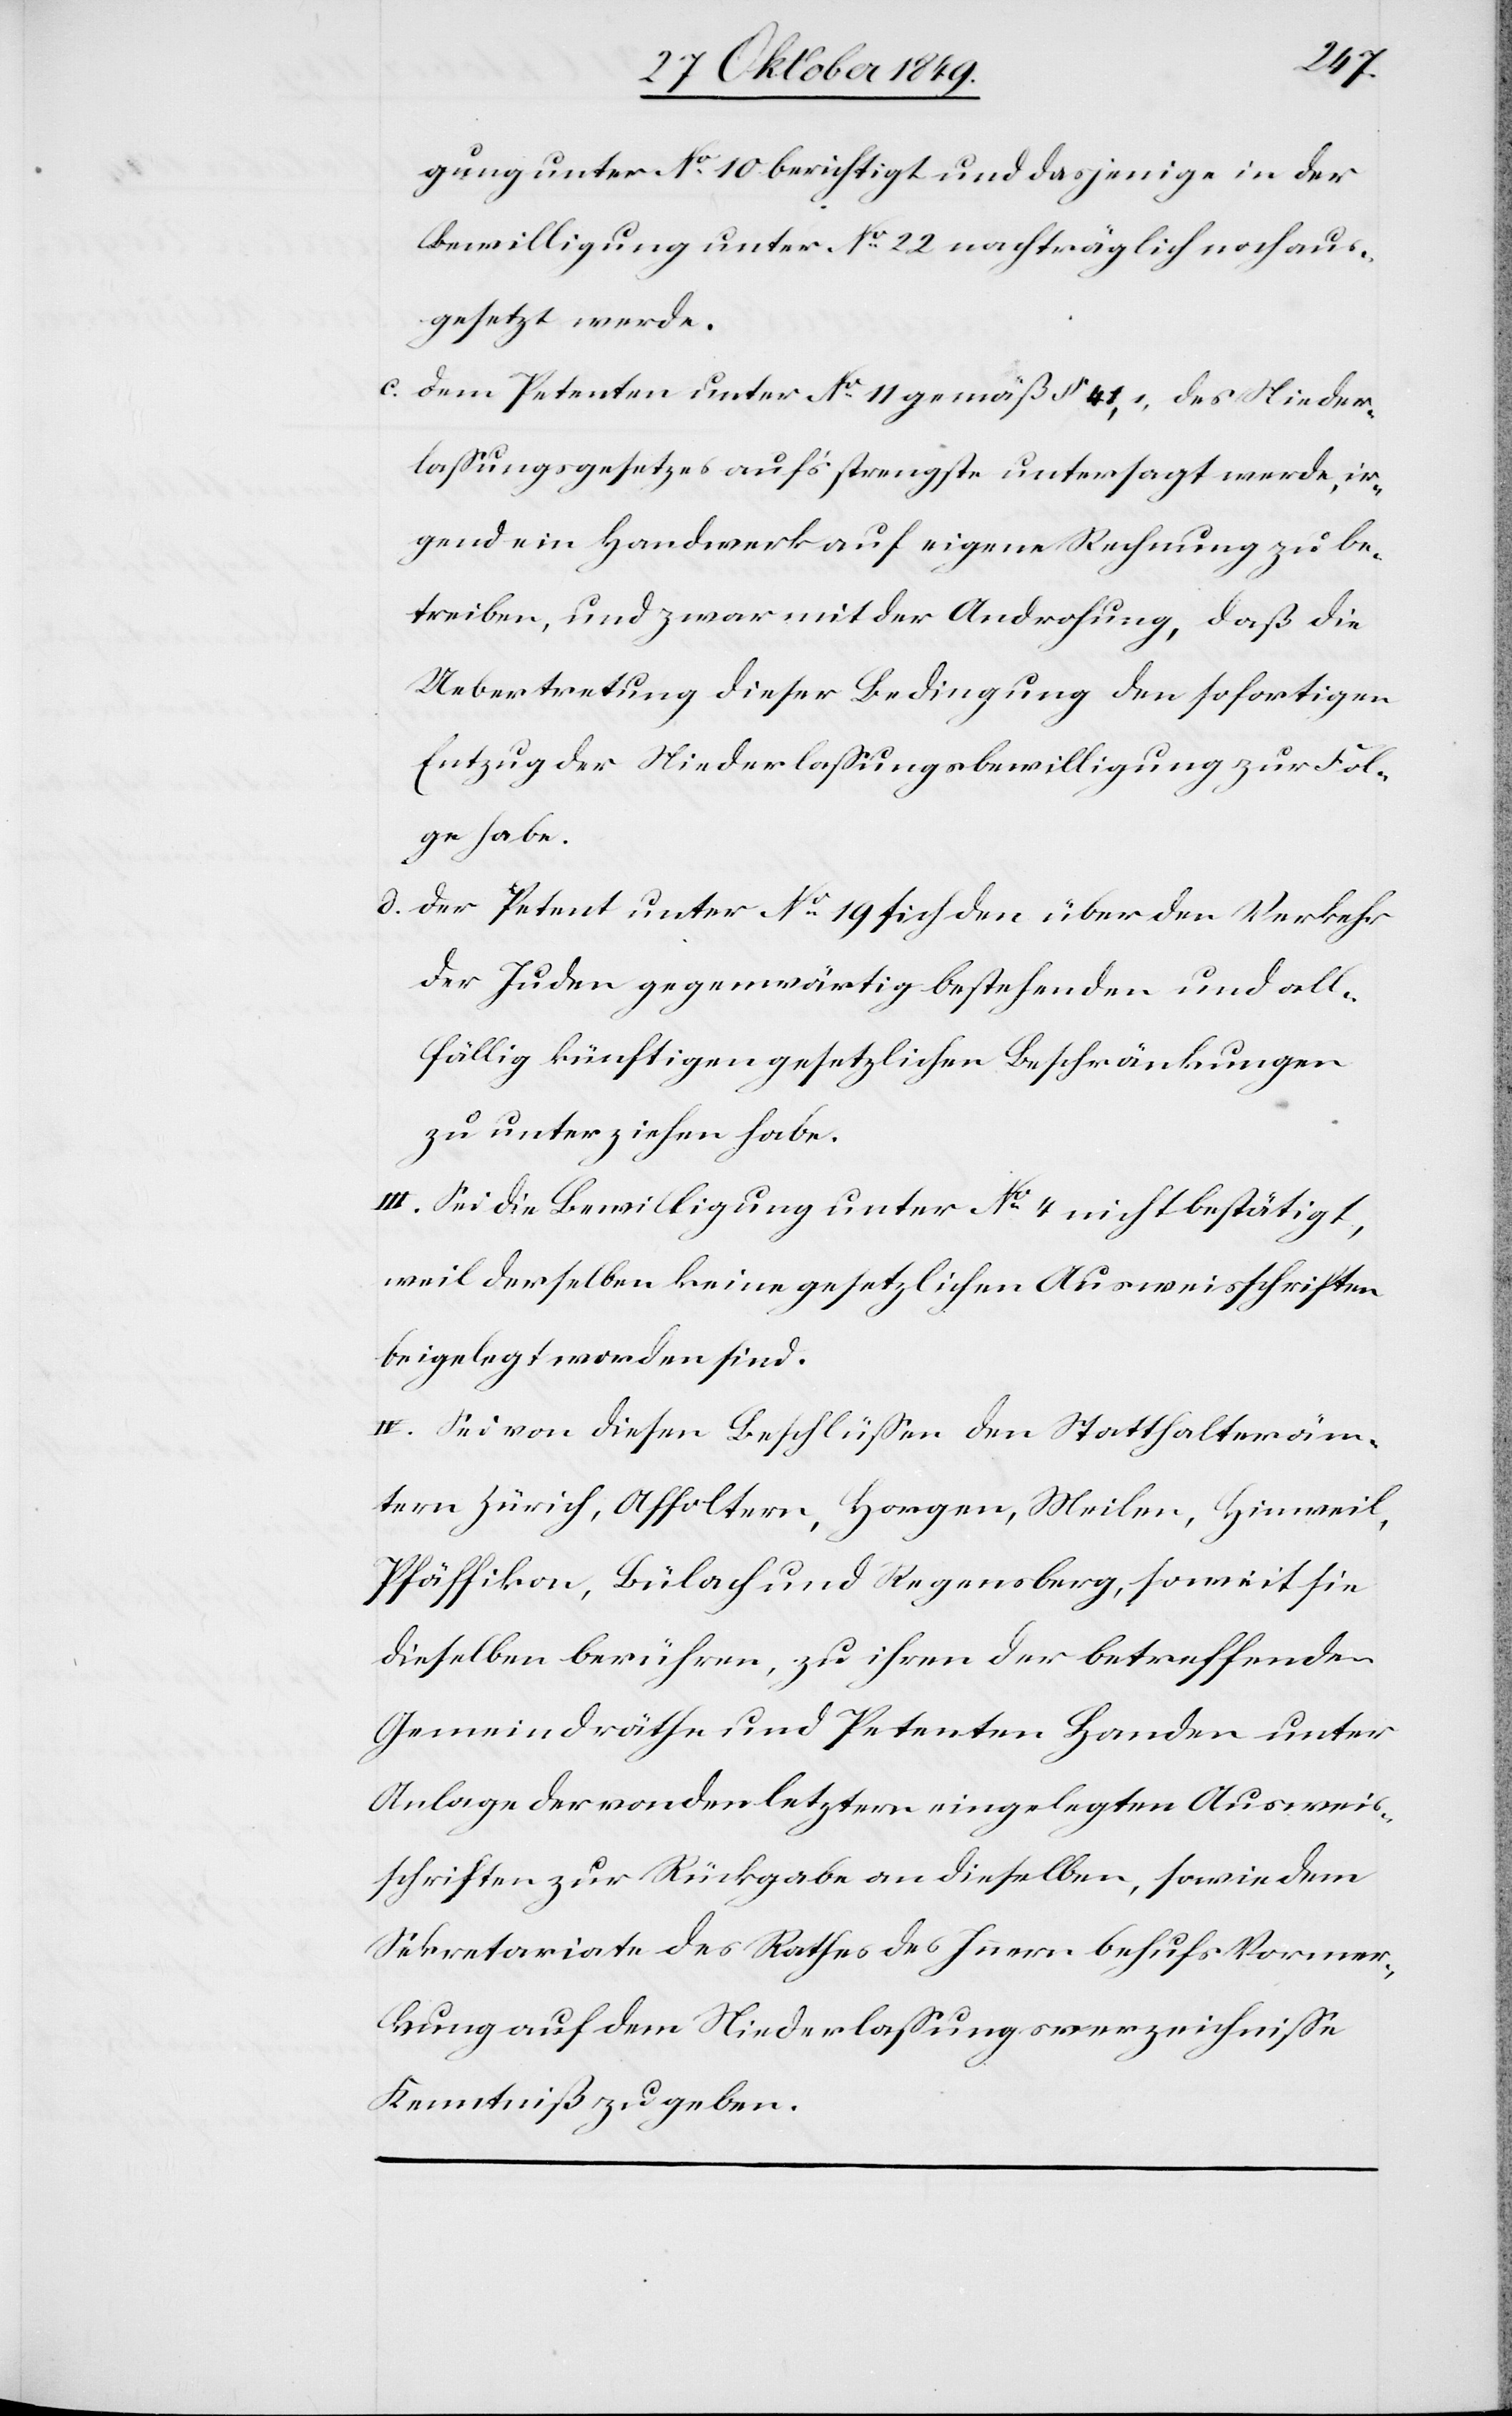
gung unter N° 10 berichtigt und dasjenige in der
Bewilligung unter N° 22 nachträglich noch aus¬
gesetzt werde.
c. dem Petenten unter N° 11 gemäß § 41, 1, des Nieder¬
laßungsgesetzes auf’s strengste untersagt werde, ir¬
gend ein Handwerk auf eigene Rechnung zu be¬
treiben, und zwar mit der Androhung, daß die
Uebertretung dieser Bedingung den sofortigen
Entzug der Niederlaßungsbewilligung zur Fol¬
ge habe.
d. der Petent unter N° 19 sich den über den Verkehr
der Juden gegenwärtig bestehenden und all¬
fällig künftigen gesetzlichen Beschränkungen
zu unterziehen habe.
III. Sei die Bewilligung unter N° 4 nicht bestätigt,
weil derselben keine gesetzlichen Ausweisschriften
beigelegt worden sind.
IV. Sei von diesen Beschlüßen den Statthalteräm¬
tern Zürich, Affoltern, Horgen, Meilen, Hinweil,
Pfäffikon, Bülach und Regensberg, soweit sie
dieselben berühren, zu ihren der betreffenden
Gemeindräthe und Petenten Handen unter
Anlage der von den letztern eingelegten Ausweis¬
schriften zur Rückgabe an dieselben, sowie dem
Sekretariate des Rathes des Innern behufs Vormer¬
kung auf dem Niederlaßungsverzeichniße
Kenntniß zu geben.